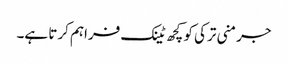
جرمنی ترکی کو کچھ ٹینک فراہم کرتا ہے۔